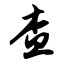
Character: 查